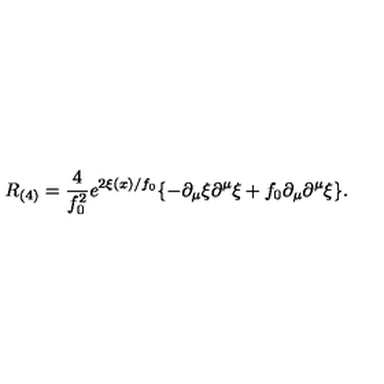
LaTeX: R _ { ( 4 ) } = \frac { 4 } { f _ { 0 } ^ { 2 } } e ^ { 2 \xi ( x ) / f _ { 0 } } \{ - \partial _ { \mu } \xi \partial ^ { \mu } \xi + f _ { 0 } \partial _ { \mu } \partial ^ { \mu } \xi \} .